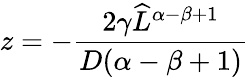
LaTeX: z=-\frac{2\gamma{\widehat{L}}^{\alpha-\beta+1}}{D(\alpha-\beta+1)}